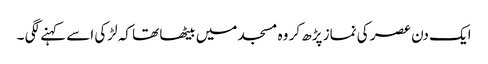
ایک دن عصر کی نماز پڑھ کر وہ مسجد میں بیٹھا تھا کہ لڑکی اسے کہنے لگی ۔